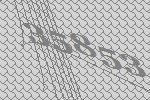
35853